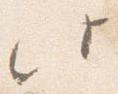
此